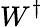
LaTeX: W^{\dagger}